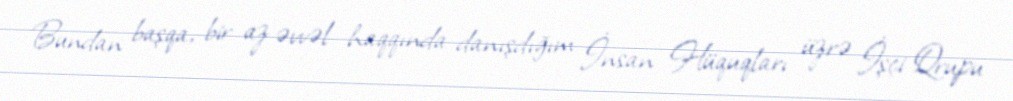
Bundan başqa, bir az əvvəl haqqında danışdığım İnsan Hüquqları üzrə İşçi Qrupu